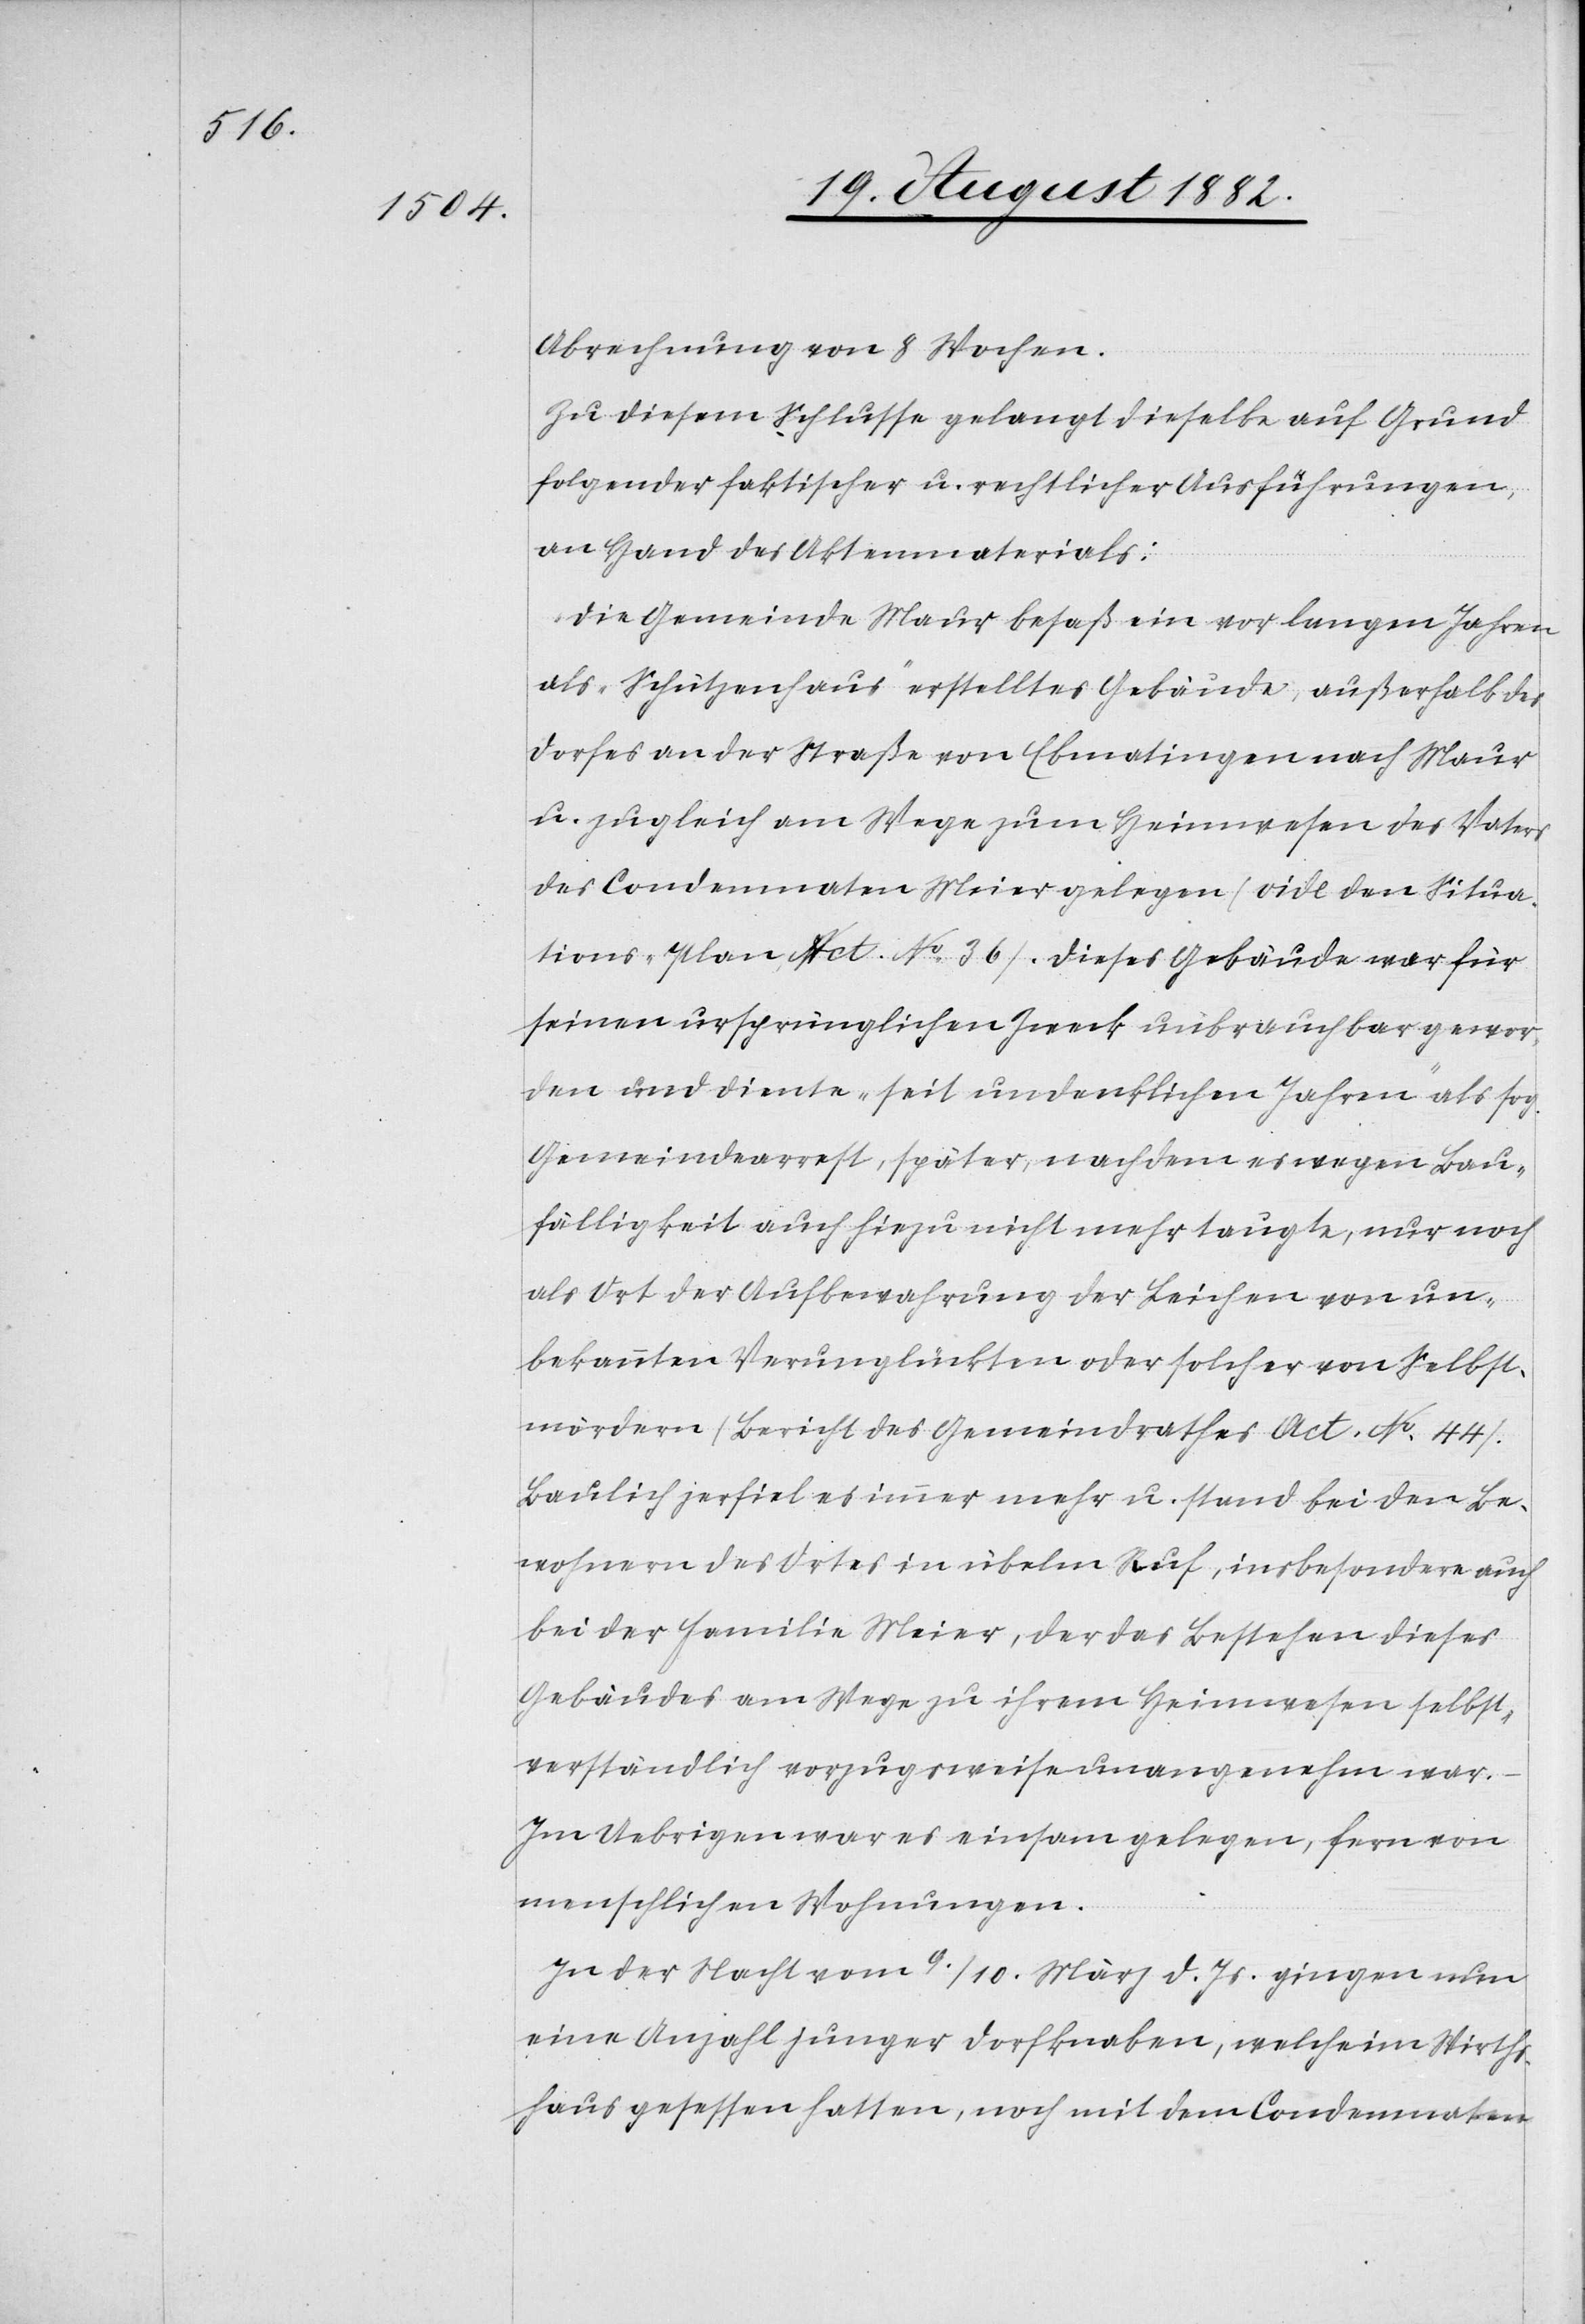
Abrechnung von 8 Wochen.
Zu diesem Schlusse gelangt dieselbe auf Grund
folgender faktischer u. rechtlicher Ausführungen,
an Hand des Aktenmaterials:
Die Gemeinde Maur besaß ein vor langen Jahren
als „Schützenhaus“ erstelltes Gebäude, außerhalb des
Dorfes an der Straße von Ebmatingen nach Maur
u. zugleich am Wege zum Heimwesen des Vaters
des Condemnaten Meier gelegen (vide den Situa¬
tions-Plan, Act. No 36). Dieses Gebäude war für
seinen ursprünglichen Zwecke unbrauchbar gewor¬
den und diente „seit undenklichen Jahren“ als sog.
Gemeindarrest, später, nachdem es wegen Bau¬
fälligkeit auch hiezu nicht mehr taugte, nur noch
als Ort der Aufbewahrung der Leichen von un¬
bekannten Verunglückten oder solcher von Selbst¬
mördern (Bericht des Gemeindrathes Act. No 44).
Baulich zerfiel es immer mehr u. stand bei den Be¬
wohnern des Orts in übelm Ruf, insbesondere auch
bei der Familie Meier, der das Bestehen dieses
Gebäudes am Wege zu ihrem Heimwesen selbst¬
verständlich vorzugsweise unangenehm war.
Im Uebrigen war es einsam gelegen, fern von
menschlichen Wohnungen.
In der Nacht vom 9./10. März d. Js. gingen nun
eine Anzahl junger Dorfknaben, welche im Wirths¬
haus gesessen hatten, noch mit dem Condemnaten